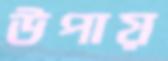
উপায়